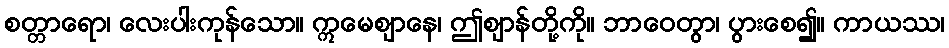
စတ္တာရော၊ လေးပါးကုန်သော။ ဣမေဈာနေ၊ ဤဈာန်တို့ကို။ ဘာဝေတွာ၊ ပွားစေ၍။ ကာယဿ၊